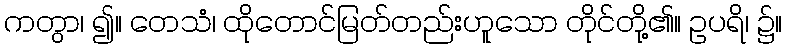
ကတွာ၊ ၍။ တေသံ၊ ထိုတောင်မြတ်တည်းဟူသော တိုင်တို့၏။ ဥပရိ၊ ၌။